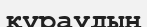
құраудың